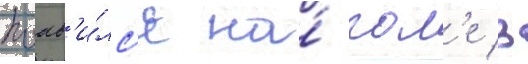
поав'и́лс'я на́ пол'е в